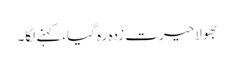
بھولا حیرت زدہ رہ گیا،کہنے لگا۔